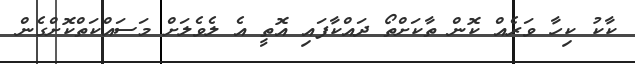
ކާކު ކިހާ ވަރެއް ކޮން ތާކަށްތޯ ދައްކާފައި އޮތީ އެ ލެވެލަށް މަސައްކަތްކޮށްގެން